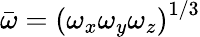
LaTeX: \bar{\omega}=\left(\omega_{x}\omega_{y}\omega_{z}\right)^{1/3}